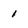
Character: 1